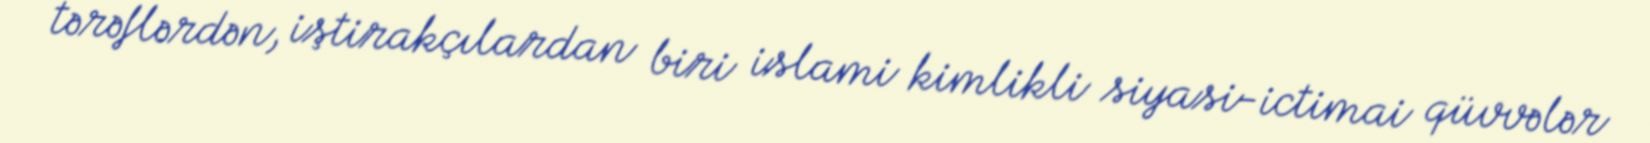
tərəflərdən, iştirakçılardan biri islami kimlikli siyasi-ictimai qüvvələr